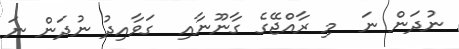
ނުދަން ނަ  މި ރާއްޖޭގެ ގާނޫނާއި  ގަވާއިދު ނުދަން ނަ